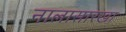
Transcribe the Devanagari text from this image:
नालासारखा